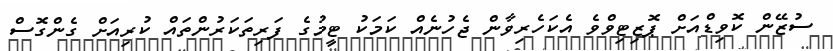
ސުޒޭން ކޮވިޑްއަށް ޕޮޒިޓިވްވެ އެކަހެރިވާން ޖެހުނެއް ކަމަކު ޓީމުގެ ފަރިތަކަރުންތައް ކުރިއަށް ގެންގޮސް